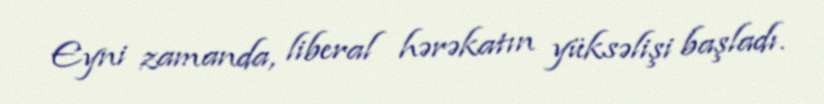
Eyni zamanda, liberal hərəkatın yüksəlişi başladı.